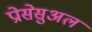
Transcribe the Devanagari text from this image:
प्रोसेसुअल